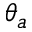
\theta _ { a }